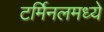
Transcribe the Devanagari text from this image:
टर्मिनलमध्ये